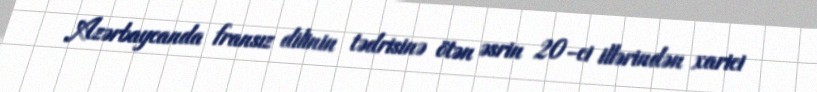
Azərbaycanda fransız dilinin tədrisinə ötən əsrin 20-ci illərindən xarici